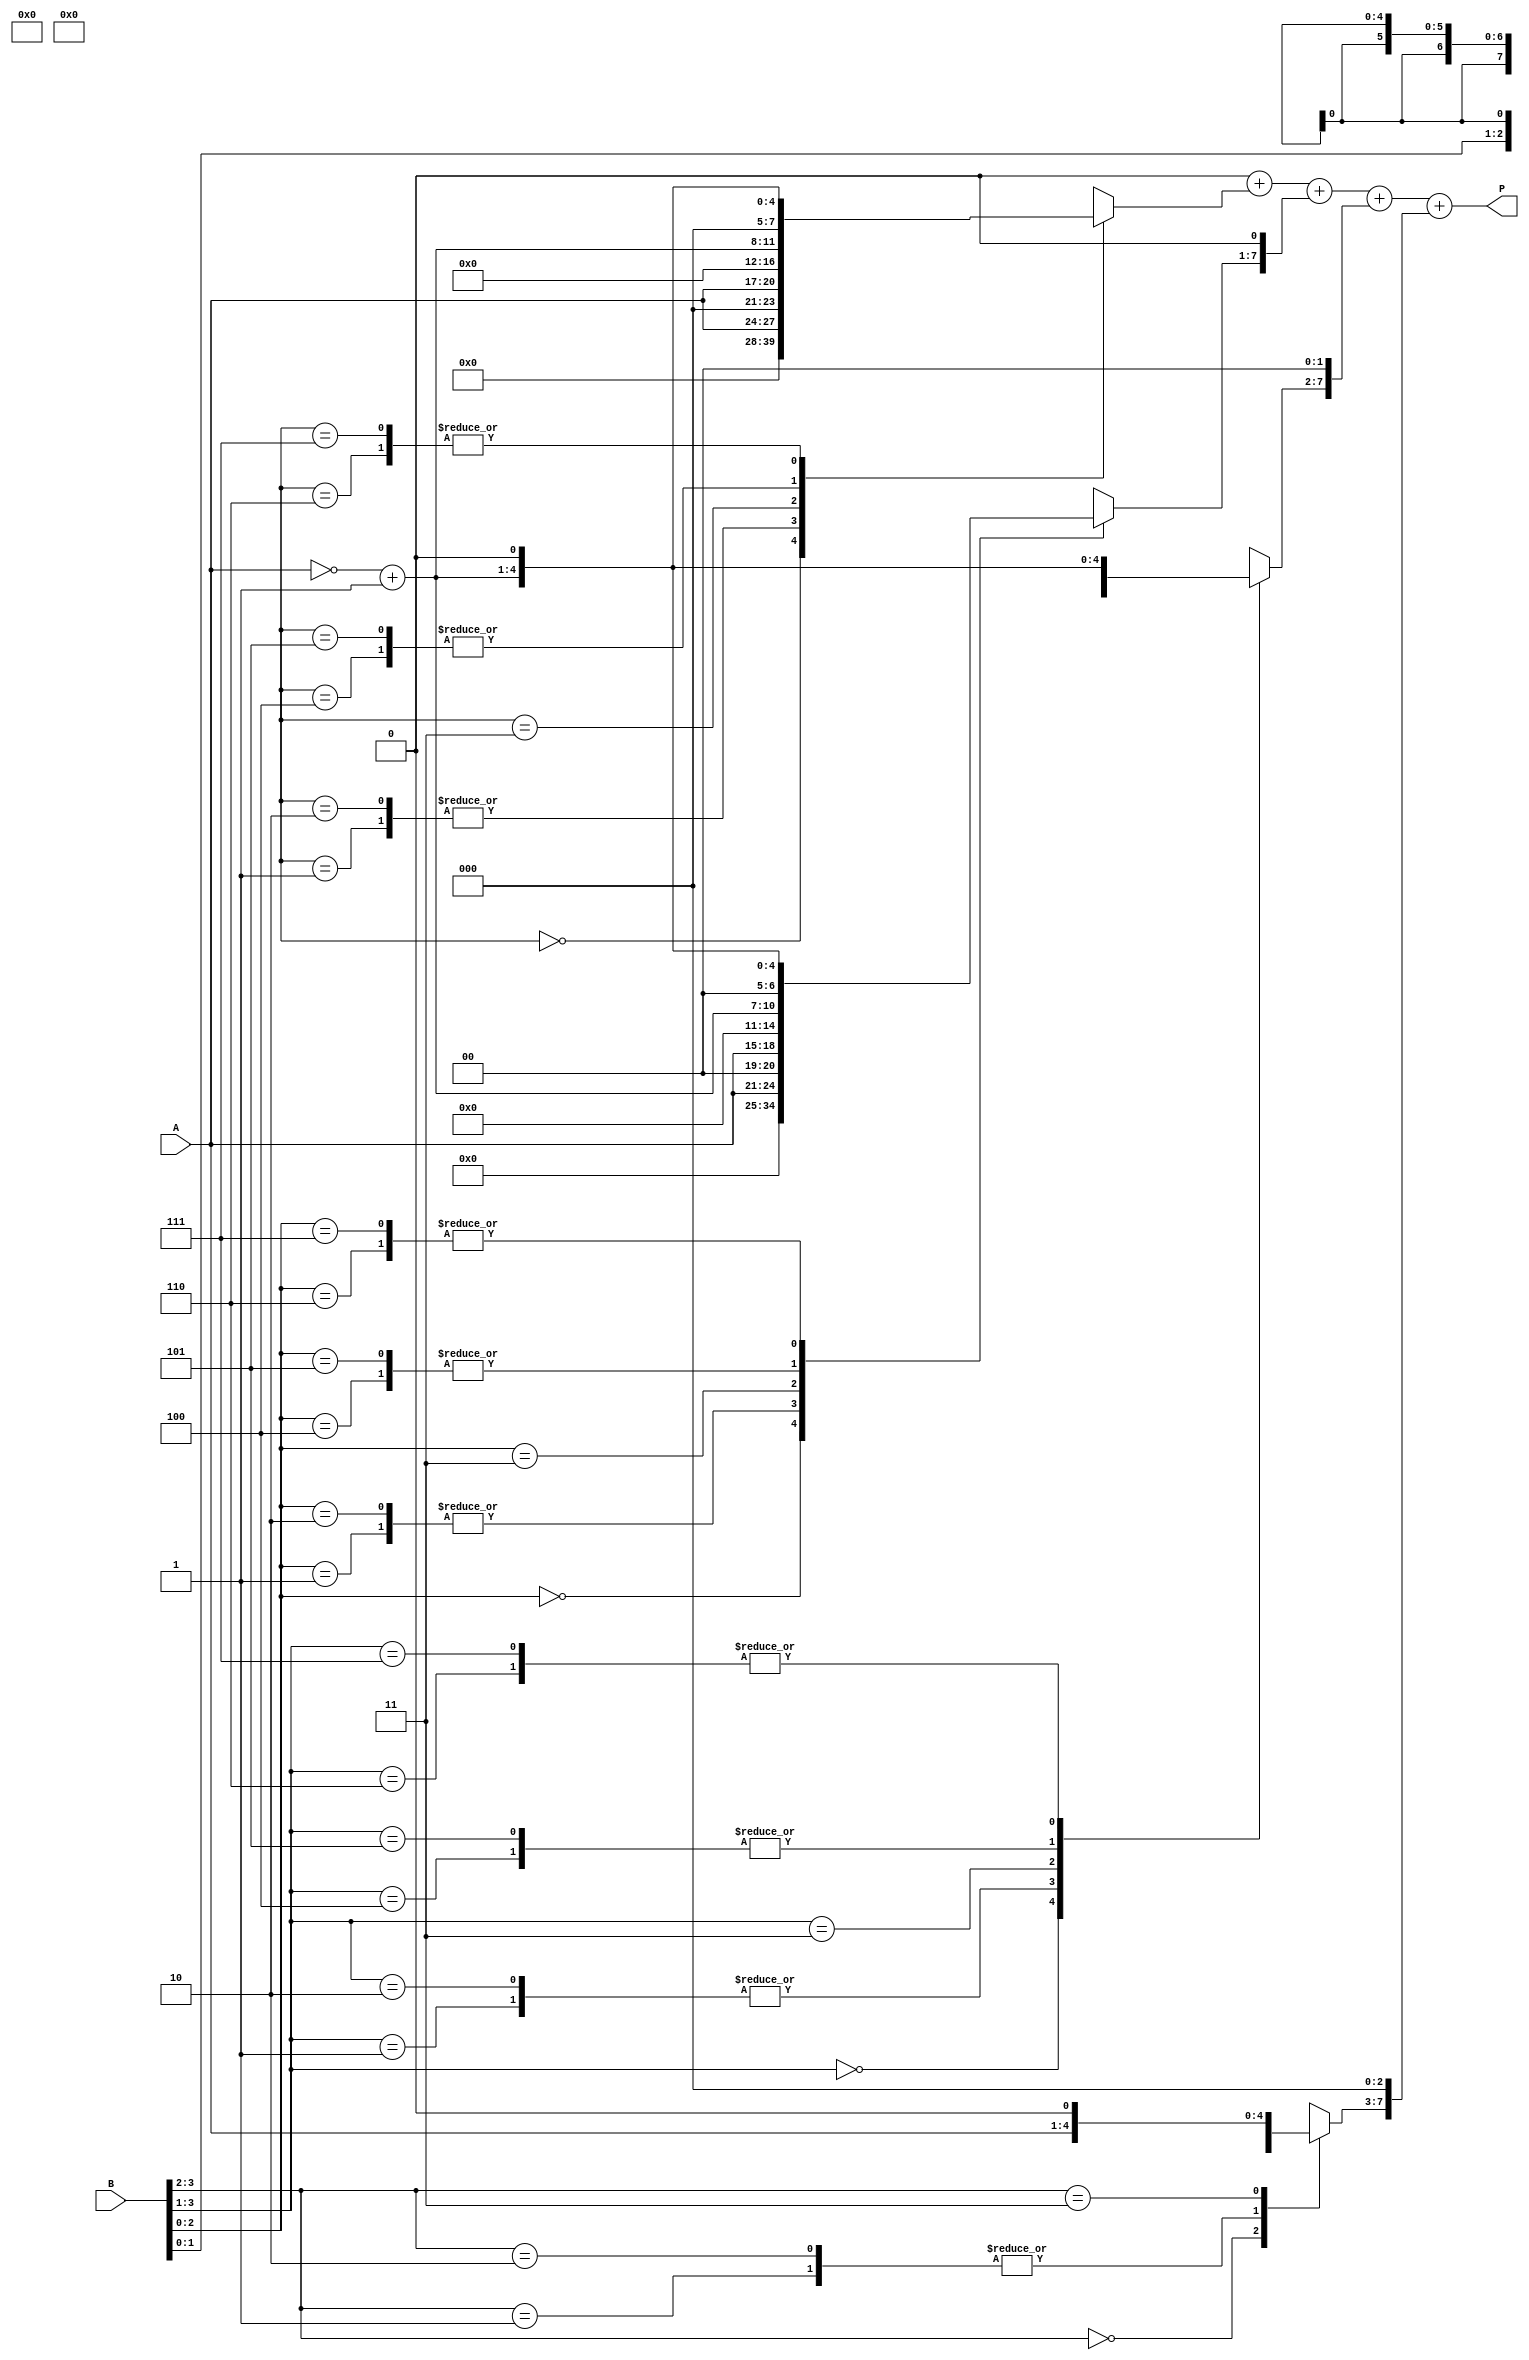
module modified_booth_multiplier #(parameter N = 4) (
    input wire [N-1:0] A,     // Multiplicand
    input wire [N-1:0] B,     // Multiplier
    output reg [2*N-1:0] P    // Product
);

    reg [N-1:0] A_neg;         // Negative of A
    reg [2*N-1:0] PP [0:N];    // Partial products (N+1 for alignment)
    reg [N:0] B_ext;           // Extended multiplier (N+1 bits)
    integer i;

    // Generate the negative of A
    always @(*) begin
        A_neg = ~A + 1; // Two's complement for negative A
    end

    // Booth encoding and partial product generation
    always @(*) begin
        B_ext = {1'b0, B}; // Extend B with an extra bit for handling shifting
        P = 0; // Initialize product
        for (i = 0; i < N; i = i + 1) begin
            case (B_ext[i+1:i-1]) // Look at 3 bits of B
                3'b000: PP[i] = 0;                     // No action
                3'b001: PP[i] = A;                     // Add A
                3'b010: PP[i] = A;                     // Add A
                3'b011: PP[i] = A << 1;                // Add A shifted left (A * 2)
                3'b100: PP[i] = A_neg;                 // Subtract A (i.e., -A)
                3'b101: PP[i] = A_neg;                 // Subtract A
                3'b110: PP[i] = A_neg << 1;            // Subtract A shifted left (i.e., -A * 2)
                3'b111: PP[i] = A_neg << 1;            // Subtract A shifted left
                default: PP[i] = 0;
            endcase
        end
        
        // Accumulate partial products with the necessary shifts
        for (i = 0; i < N; i = i + 1) begin
            P = P + (PP[i] << (i)); // Shift partial products appropriately
        end
    end

endmodule